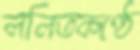
ললিতকণ্ঠে